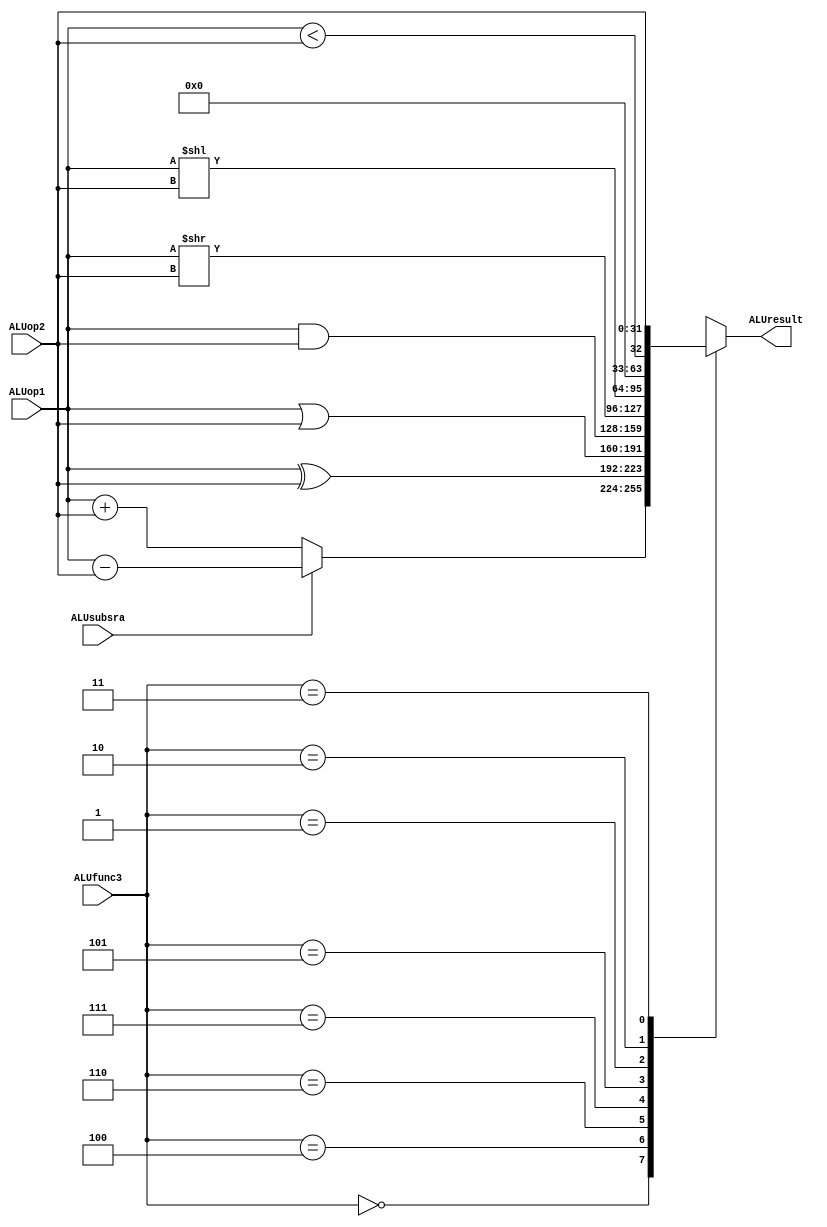
//FUNCIONA
//HECHO POR LUISA FERNANDA RAMIREZ Y BRAYAN CATAO GIRALDO
module alu(
  input [31:0] ALUop1, // 32-bit value 1
  input [31:0] ALUop2, // 32-bit value 2
  input [2:0] ALUfunc3,    // Encodes part of the operation to be performed in 3 bits.
  input ALUsubsra,			// Encodes the distinction between operations in 1 bit.
  output reg [31:0] ALUresult // The result of the 32-bit operation 
);

  always @(ALUop1,ALUop2,ALUfunc3,ALUsubsra,ALUresult)
  begin
  case (ALUfunc3)
    3'b000: 
      if(!ALUsubsra)
        ALUresult = ALUop1 + ALUop2;		//Suma
      else 
      
      	ALUresult = ALUop1 - ALUop2;		//Resta
    3'b100: ALUresult = ALUop1 ^ ALUop2;	//XOR
    3'b110: ALUresult = ALUop1 | ALUop2;	//OR
    3'b111: ALUresult = ALUop1 & ALUop2;	//AND
    3'b101: ALUresult = ALUop1 >> ALUop2;	//Desplazamiento a la derecha
    3'b001: ALUresult = ALUop1 << ALUop2;	//Desplazamiento a la izquierda
    3'b010: ALUresult = ALUop1 < ALUop2;	//Menor qu
    3'b011: ALUresult = ALUop2;
  endcase
end
endmodule